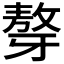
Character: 𤘒